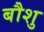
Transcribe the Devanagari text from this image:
बौशु